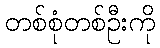
တစ်စုံတစ်ဦးကို